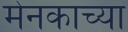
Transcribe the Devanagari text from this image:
मेनकाच्या